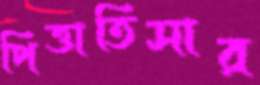
পিত্তাতিসার